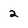
Character: 2